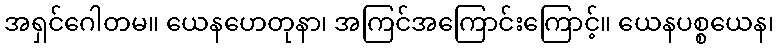
အရှင်ဂေါတမ။ ယေနဟေတုနာ၊ အကြင်အကြောင်းကြောင့်။ ယေနပစ္စယေန၊